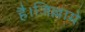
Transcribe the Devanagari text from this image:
है।जिल्लामे